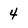
Character: 4